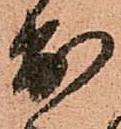
出